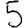
Digit: 5